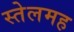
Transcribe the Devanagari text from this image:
स्तेलमह